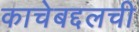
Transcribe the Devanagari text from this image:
काचेबद्दलची